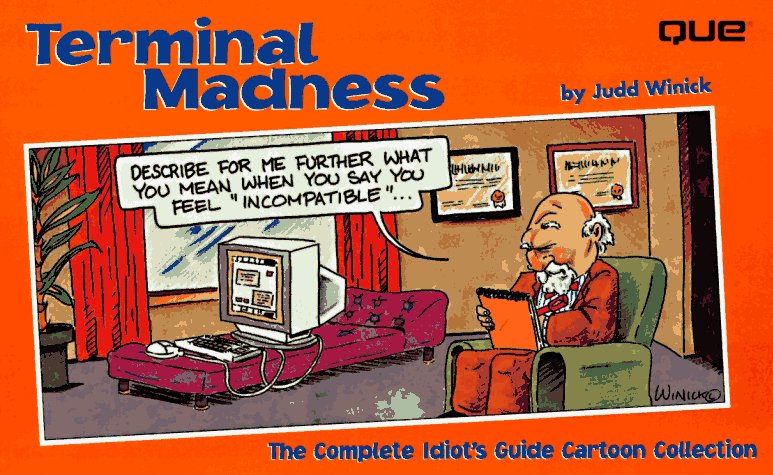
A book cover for Terminal Madness; Judd Winick; Humor & Entertainment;